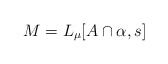
\begin{align*}M = L_\mu[A\cap\alpha,s]\end{align*}